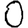
Digit: 0